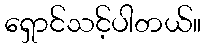
ရှောင်သင့်ပါတယ်။